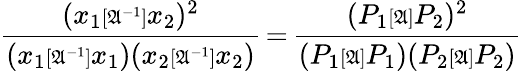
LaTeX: \displaystyle\frac{(x_{1}{\scriptstyle{[\mathfrak{A}^{-1}]}}x_{2})^{2}}{(x_{1}{\scriptstyle{[\mathfrak{A}^{-1}]}}x_{1})(x_{2}{\scriptstyle{[\mathfrak{A}^{-1}]}}x_{2})}{\, =\, }\frac{(P_{1}{\scriptstyle{[\mathfrak{A}]}}P_{2})^{2}}{(P_{1}{\scriptstyle{[\mathfrak{A}]}}P_{1})(P_{2}{\scriptstyle{[\mathfrak{A}]}}P_{2})}